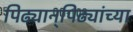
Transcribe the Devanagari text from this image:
पिढ्यान्‌पिढ्यांच्या